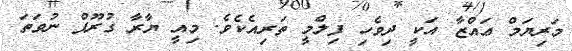
މަރިޔަމް ޢައްޒާ އަކީ ދިވެހި ފިލްމީ ތަރިއެކެވެ. މިއީ ޔާރާ ގުރޫޕް ނުވަތަ